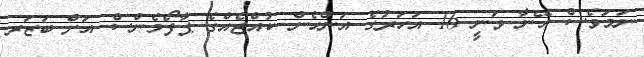
ނަމަވެސް އޭނާ ވަނީ 16 އަހަރުގެ އަންހެން ކުއްޖެއްގެ ޕާފޯމެންސް އަށް ބަޒަރ